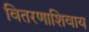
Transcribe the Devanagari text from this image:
वितरणाशिवाय